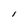
Character: l